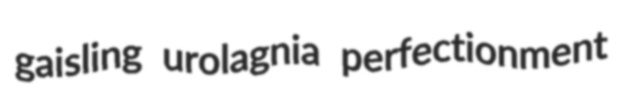
gaisling urolagnia perfectionment